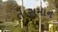
તાસમાન